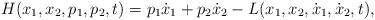
LaTeX: \begin{align*} H(x_1,x_2,p_1,p_2, t) = p_1\dot{x}_1 + p_2\dot{x}_2 - L(x_1,x_2,\dot{x}_1,\dot{x}_2,t), \end{align*}